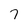
Character: 7